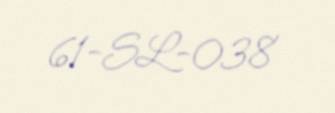
61-SL-038